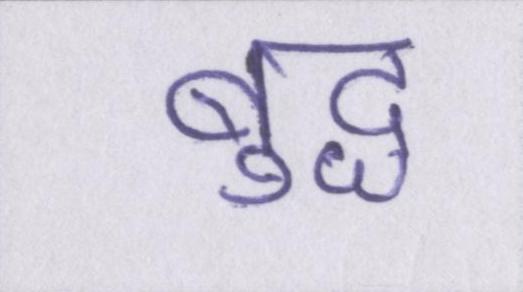
बुद्ध